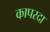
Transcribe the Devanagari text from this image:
कापरदा